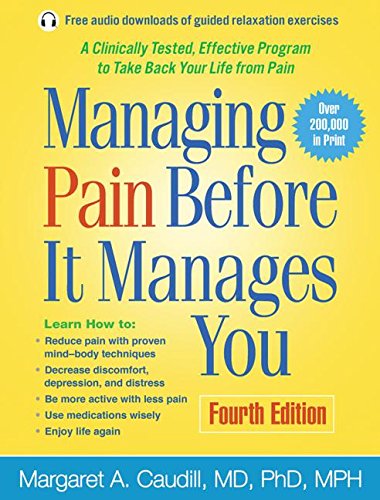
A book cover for Managing Pain Before It Manages You, Fourth Edition; Margaret A. Caudill MD  PhD  MPH; Medical Books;